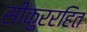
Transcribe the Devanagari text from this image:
सीकुररहित